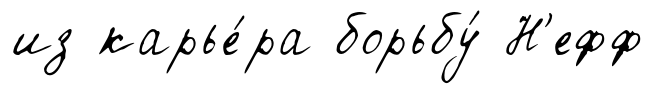
из карье́ра борьбу́ Н'ефф